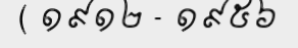
( ១៩១២ - ១៩៥៦